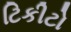
ટિકીટો